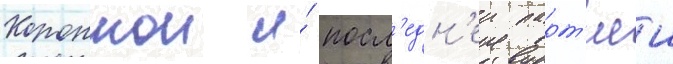
Короннои и́ посл'едн'еи парт'иеи